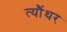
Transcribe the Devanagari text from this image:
त्यौंथर